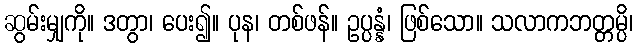
ဆွမ်းမျှကို။ ဒတွာ၊ ပေး၍။ ပုန၊ တစ်ဖန်။ ဥပ္ပန္နံ၊ ဖြစ်သော။ သလာကဘတ္တမ္ပိ၊